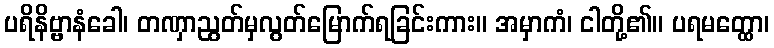
ပရိနိဗ္ဗာနံခေါ၊ တဏှာညွတ်မှလွတ်မြောက်ရခြင်းကား။ အမှာကံ၊ ငါတို့၏။ ပရမတ္ထော၊